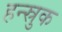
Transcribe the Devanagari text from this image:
हन्स्रुक